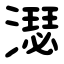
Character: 濏